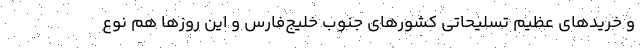
و خريدهاي عظيم تسليحاتي كشورهاي جنوب خليج‌فارس و اين روزها هم نوع